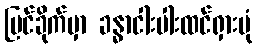
မြင်ခိုက်မှာ ခန္ဓာငါးပါးထင်ရှားပုံ